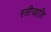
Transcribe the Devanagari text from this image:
स्त्रीजाति